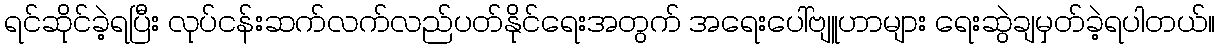
ရင်ဆိုင်ခဲ့ရပြီး လုပ်ငန်းဆက်လက်လည်ပတ်နိုင်ရေးအတွက် အရေးပေါ်ဗျူဟာများ ရေးဆွဲချမှတ်ခဲ့ရပါတယ်။